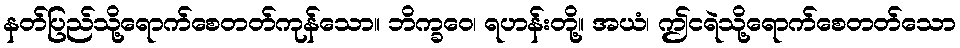
နတ်ပြည်သို့ရောက်စေတတ်ကုန်သော။ ဘိက္ခဝေ၊ ရဟန်းတို့။ အယံ၊ ဤငရဲသို့ရောက်စေတတ်သော